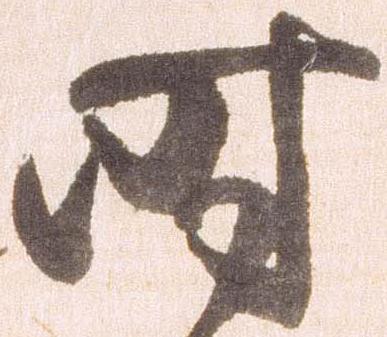
時